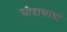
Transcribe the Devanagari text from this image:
सीदासाधा